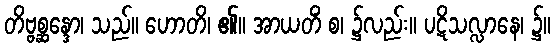
တိဗ္ဗစ္ဆန္ဒော၊ သည်။ ဟောတိ၊ ၏။ အာယတိံ စ၊ ၌လည်း။ ပဋိသလ္လာနေ၊ ၌။